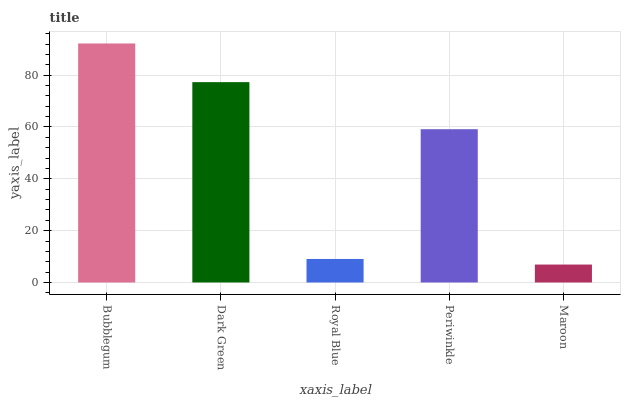
| xaxis_label | bars |
 | --- | --- |
 | Bubblegum | 92.2 |
 | Dark Green | 77.3 |
 | Royal Blue | 9.07 |
 | Periwinkle | 59.1 |
 | Maroon | 6.92 |